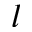
l